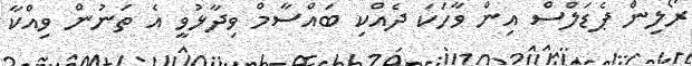
ރޯލިން ޕެޑަލްސް އިން ވާހަކަ ދެއްކި ބައްސާމް ވިދާޅުވީ އެ ތަނުން ވިއްކާ